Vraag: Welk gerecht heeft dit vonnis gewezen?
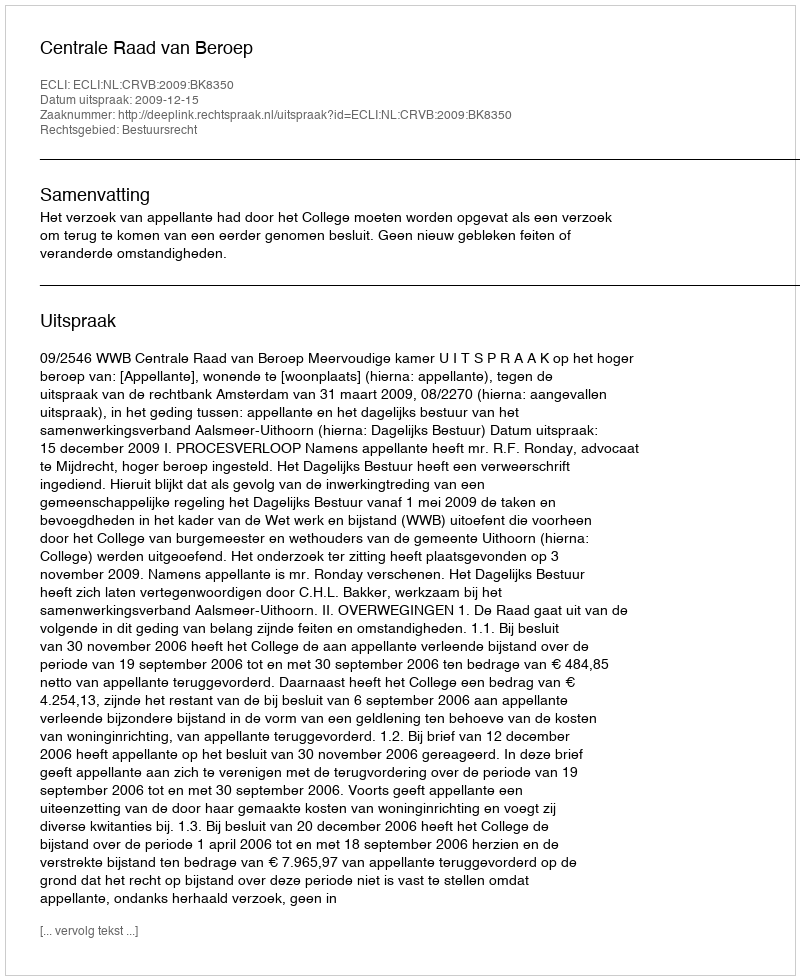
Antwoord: Centrale Raad van Beroep